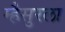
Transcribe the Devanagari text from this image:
म्हैसुरला